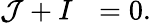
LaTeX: \mathcal{J}+I^{\mathrm{~\, ~}}=0.